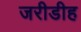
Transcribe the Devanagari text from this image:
जरीडीह